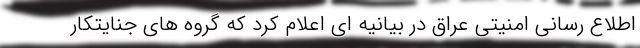
اطلاع رسانی امنیتی عراق در بیانیه ای اعلام کرد که گروه های جنایتکار